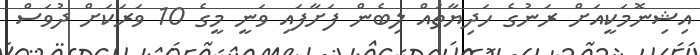
އިޝިނޮމަކީއަށް ރަނުގެ ހަދިޔާތައް ލިބެން ފަށާފައި ވަނީ މީގެ 10 ވަރަކަށް ދުވަސް